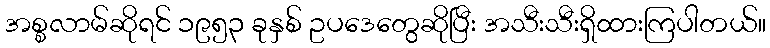
အစ္စလာမ်ဆိုရင် ၁၉၅၃ ခုနှစ် ဥပဒေတွေဆိုပြီး အသီးသီးရှိထားကြပါတယ်။